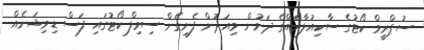
ސުޕްރީމް ކޯޓުގެ ސާކިއުލާއެއްގެ ދަށުން މިއަދުން ފެށިގެން ސިވިލް ކޯޓުގައި ފަސް ޑިވިޝަނެއް